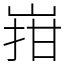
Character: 㟛